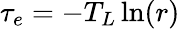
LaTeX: \tau_{e}=-T_{L}\ln(r)